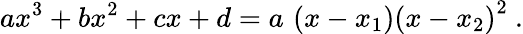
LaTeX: ax^{3}+bx^{2}+cx+d=a\, \left(x-x_{1}\right)\left(x-x_{2}\right)^{2}~.